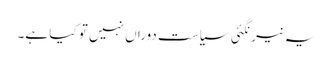
یہ نیرنگئی سیاستِ دوراں نہیں تو کیا ہے۔